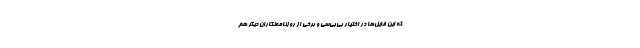
که این فایل‌ها در اختیار بی‌بی‌سی و برخی از روزنامه‌نگاران دیگر هم